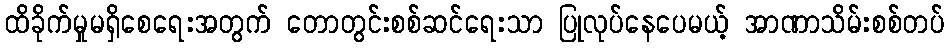
ထိခိုက်မှုမရှိစေရေးအတွက် တောတွင်းစစ်ဆင်ရေးသာ ပြုလုပ်နေပေမယ့် အာဏာသိမ်းစစ်တပ်